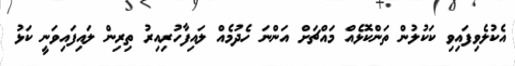
އެކުލެވިފައިވި ކަކުލުން ތަންކޮޅެއް މައްޗަށް އަންނަ ހެދުމެއް ލައިފާހުރިއިރު ތިރިން ލައިފައިވަނީ ކަޅު